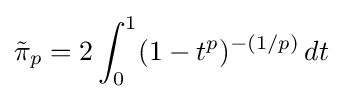
{\tilde {\pi }}_{p}=2\int _{0}^{1}(1-t^{p})^{-(1/p)}\,dt